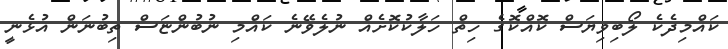
ކައްމިދެކެ ލޯބިވިޔަސް ކޮއްކޮގެ ހިތް ހަލާކުކޮށެއް ނުލެވޭނެ ކައްމި ނުބުންޏަސް ތިބުނަން އުޅެނީ